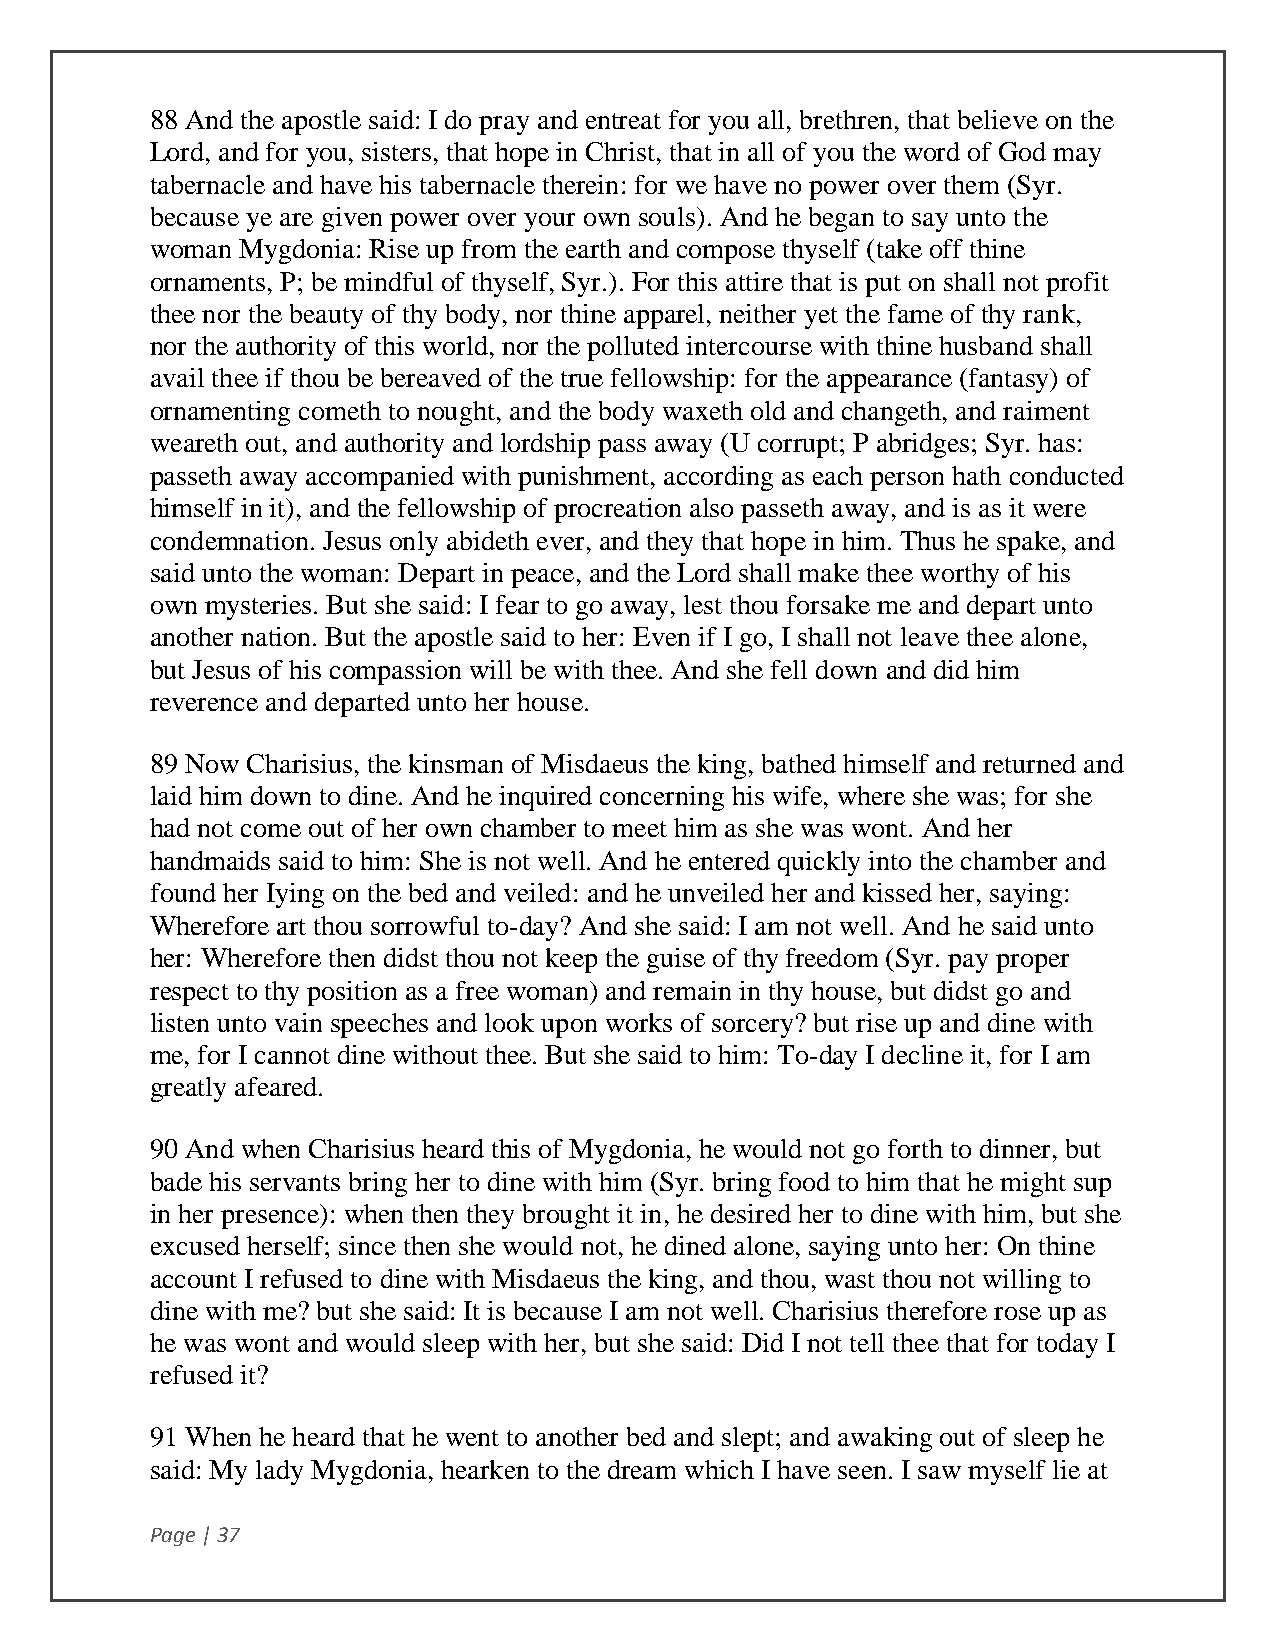
88 And the apostle said: I do pray and entreat for you all, brethren, that believe on the
 Lord, and for you, sisters, that hope in Christ, that in all of you the word of God may
 tabernacle and have his tabernacle therein: for we have no power over them (Syr.
 because ye are given power over your own souls). And he began to say unto the
 woman Mygdonia: Rise up from the earth and compose thyself (take off thine
 ornaments, P; be mindful of thyself, Syr.). For this attire that is put on shall not profit
 thee nor the beauty of thy body, nor thine apparel, neither yet the fame of thy rank,
 nor the authority of this world, nor the polluted intercourse with thine husband shall
 avail thee if thou be bereaved of the true fellowship: for the appearance (fantasy) of
 ornamenting cometh to nought, and the body waxeth old and changeth, and raiment
 weareth out, and authority and lordship pass away (U corrupt; P abridges; Syr. has:
 passeth away accompanied with punishment, according as each person hath conducted
 himself in it), and the fellowship of procreation also passeth away, and is as it were
 condemnation. Jesus only abideth ever, and they that hope in him. Thus he spake, and
 said unto the woman: Depart in peace, and the Lord shall make thee worthy of his
 own mysteries. But she said: I fear to go away, lest thou forsake me and depart unto
 another nation. But the apostle said to her: Even if I go, I shall not leave thee alone,
 but Jesus of his compassion will be with thee. And she fell down and did him
 reverence and departed unto her house.
 89 Now Charisius, the kinsman of Misdaeus the king, bathed himself and returned and
 laid him down to dine. And he inquired concerning his wife, where she was; for she
 had not come out of her own chamber to meet him as she was wont. And her
 handmaids said to him: She is not well. And he entered quickly into the chamber and
 found her Iying on the bed and veiled: and he unveiled her and kissed her, saying:
 Wherefore art thou sorrowful to-day? And she said: I am not well. And he said unto
 her: Wherefore then didst thou not keep the guise of thy freedom (Syr. pay proper
 respect to thy position as a free woman) and remain in thy house, but didst go and
 listen unto vain speeches and look upon works of sorcery? but rise up and dine with
 me, for I cannot dine without thee. But she said to him: To-day I decline it, for I am
 greatly afeared.
 90 And when Charisius heard this of Mygdonia, he would not go forth to dinner, but
 bade his servants bring her to dine with him (Syr. bring food to him that he might sup
 in her presence): when then they brought it in, he desired her to dine with him, but she
 excused herself; since then she would not, he dined alone, saying unto her: On thine
 account I refused to dine with Misdaeus the king, and thou, wast thou not willing to
 dine with me? but she said: It is because I am not well. Charisius therefore rose up as
 he was wont and would sleep with her, but she said: Did I not tell thee that for today I
 refused it?
 91 When he heard that he went to another bed and slept; and awaking out of sleep he
 said: My lady Mygdonia, hearken to the dream which I have seen. I saw myself lie at
 Page | 37